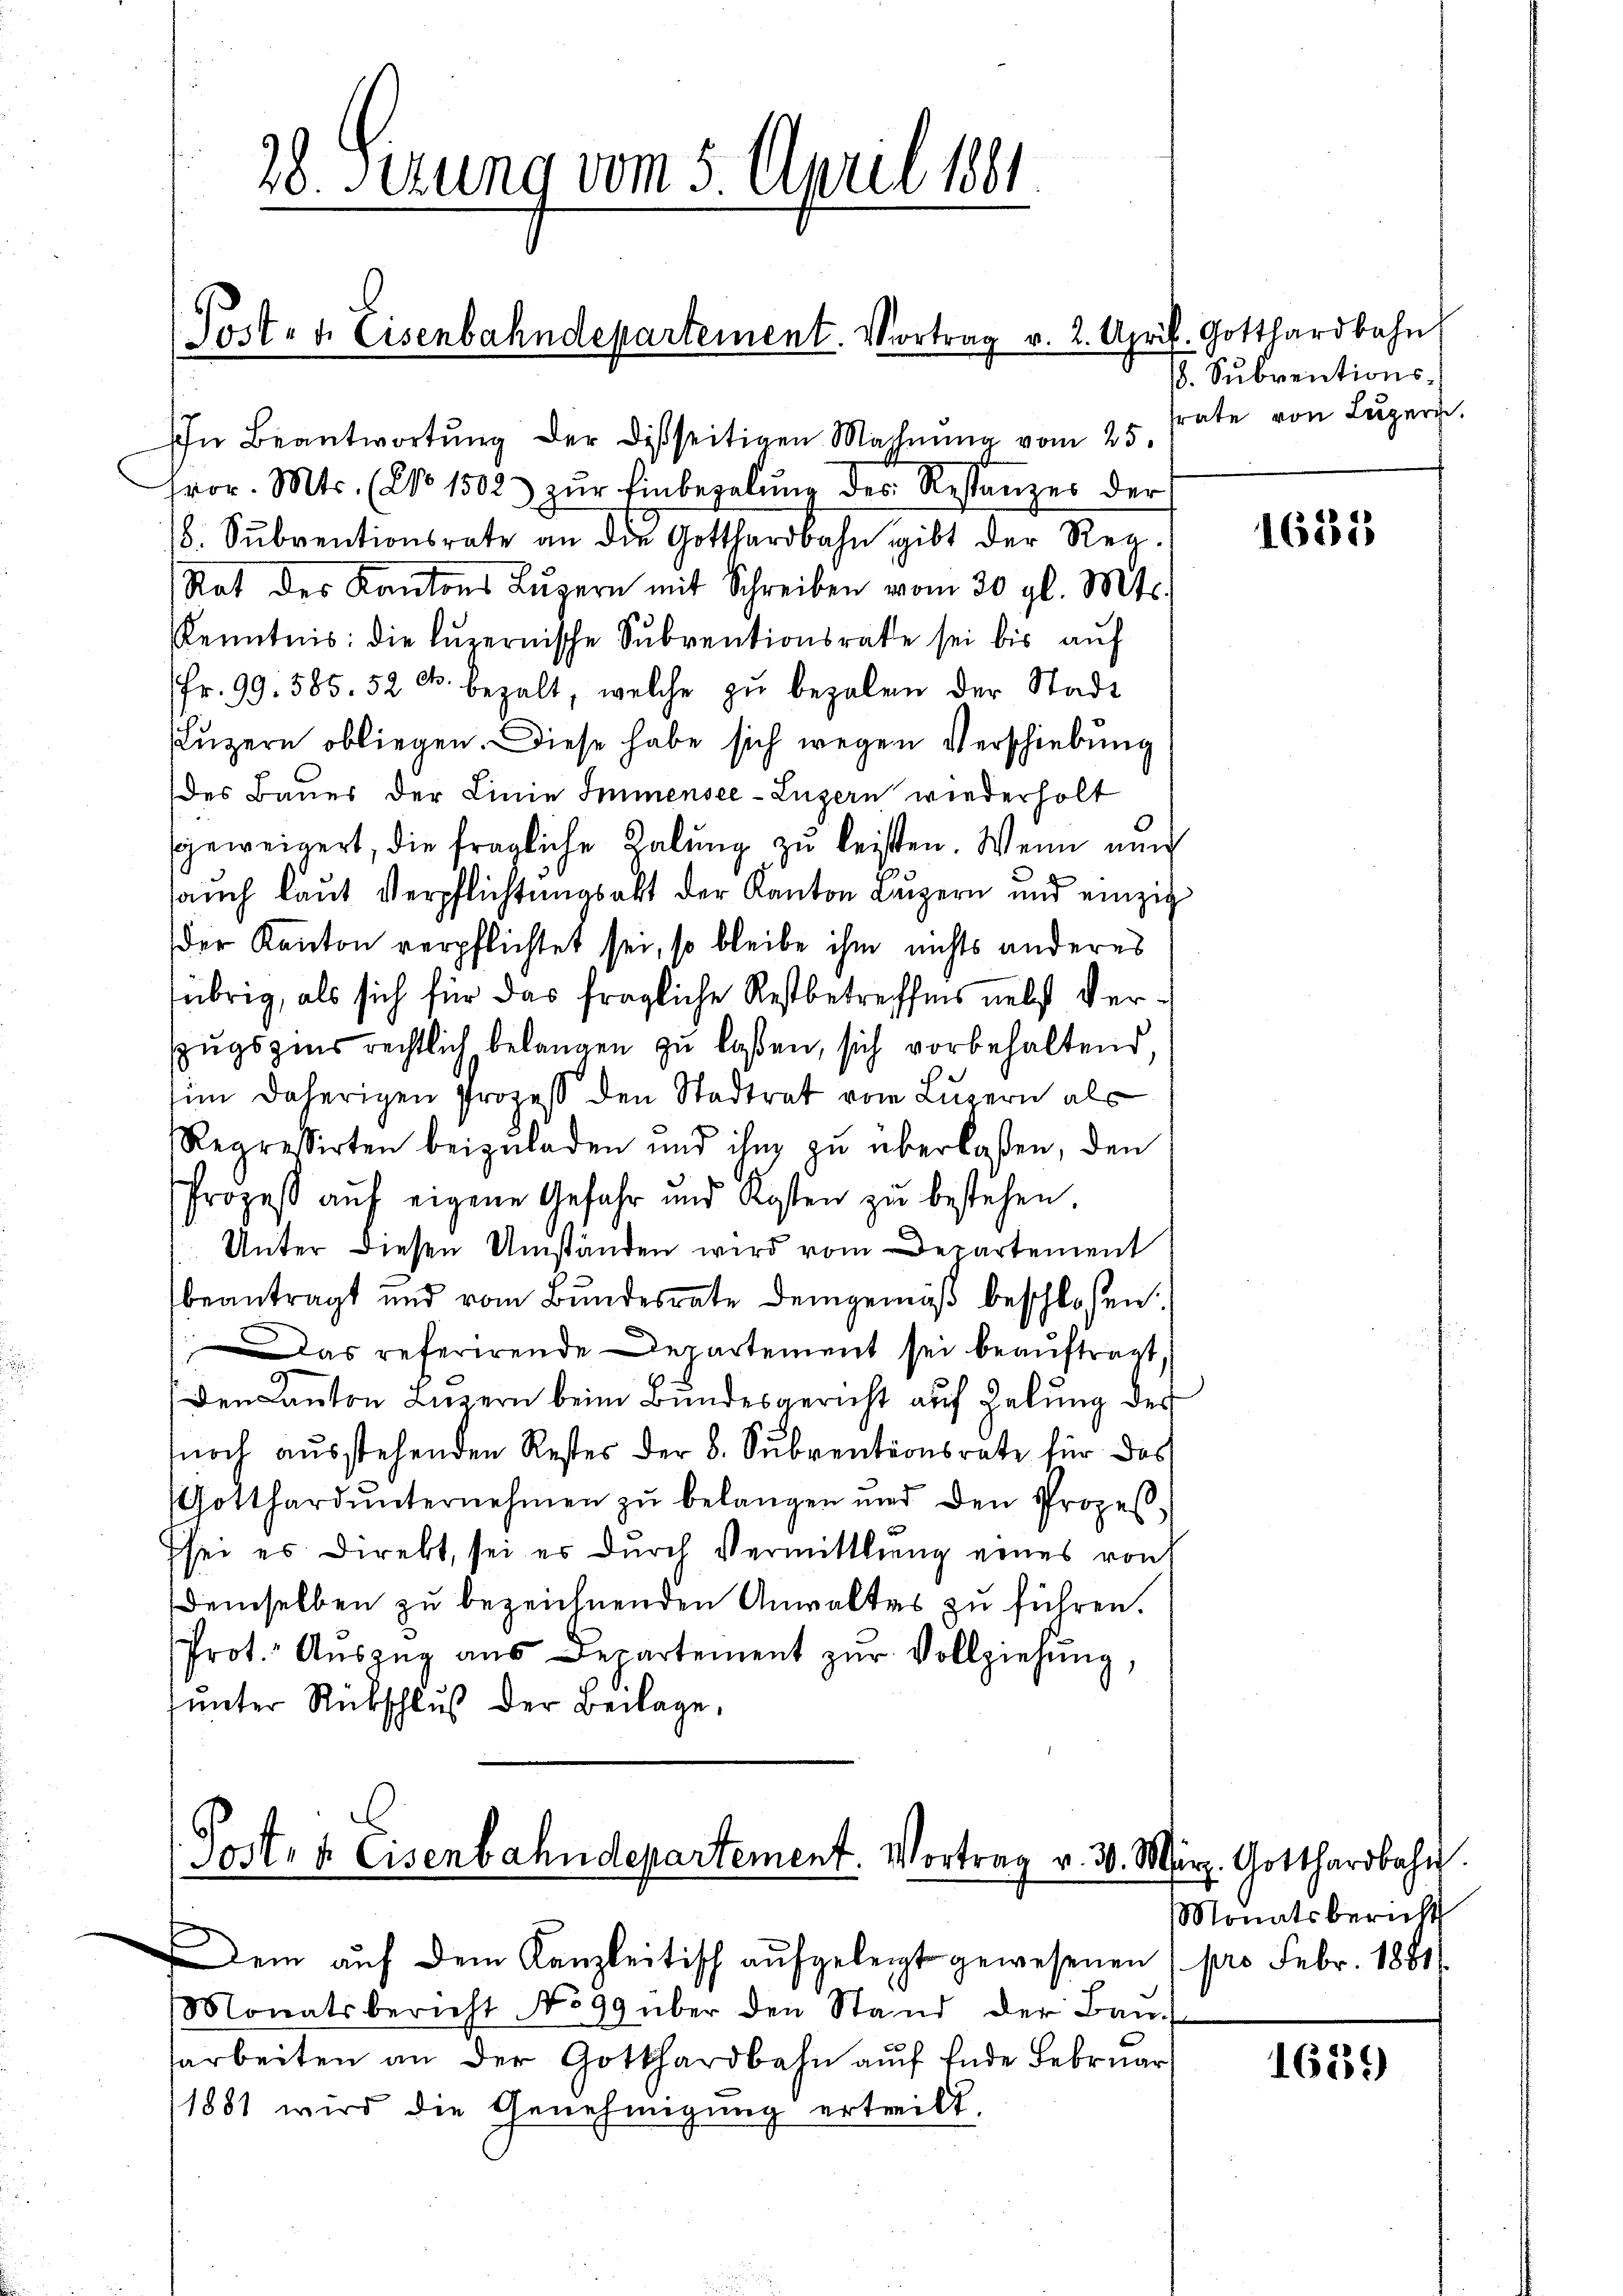
28. Sizung vom 5. April 1881

(Post- u. Eisenbahndepartement. Vortrag v. 2. April. Gotthardbahn

In Beantwortŭng der disseitigen Mahnŭng vom 25.
hror. Mts. (NNo. 1502) zŭr Einbegelŭng des Restanzes der
b. Sŭbventionsrate an die Gotthardbahn gibt der Reg.
Rat des Kantons Lŭzern mit Schreiben vom 30. gl. Mts.
Kenntnis: die luzernische Subventionsrathe sei bis auf
Fr. 99. 585. 52 c. bezalt, welche zu bezalen der Stadt
Luzern obliegen. Diese habe sich wegen Verschiebung
des Bauer der Linie Immensee–Luzern wiederholt
sgeweigert, die fragliche Habung zu leisten. Wenn nun
auch laut Verpflichtungsakt der Kanton Luzern und einzig
der Kanton verpflichtet sei, so bleibe ihm nichts anderes
übrig, als sich für das fragliche Restbetreffens nebst Verzŭgszins rechtlich belangen zu laßen, sich vorbehaltend
im daherigen Prozeß den Stadtrat vom Luzern als
Regressirten beizuladen und ihn zu überlaßen, den
Prozeß auf eigene Gefahr und Kosten zŭ bestehen.
Unter diesen Umständen wird vom Departement
beantragt und vom Bundesrate demgemäß beschloßen:
as referirende Departement sei beauftragt,
(den Kanton Luzern beim Bundesgericht auf Zelung des
noch ausstehenden Rester der 8. Subventionsrate für das
Gotthard unternehmen zu belangen und den Prozeβ
Esei es direkt, sei es durch Vermittlung eines von
demselben zu bezeichnenden Anwaltes zu führen.
Prot. Aŭszŭg aŭs Departement zŭr Vollziehŭng,
unter Rückschluß der Beilage,

Post- & Eisenbahndepartement. Vortrag v. 30. März. Gotthardbahn.

em auf dem Kanzleitisch aufgeleigt gewesenen
Monatsbericht No 99 über den Stand der Bau
arbeiten an der Gotthardbahn auf Ende Februar
1881 wird die Genehmigung ertreibt.

. Subventions-
frate von Luzern.

1635

Monatsbericht
pro Febr. 1881/

1689)